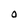
Character: O